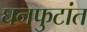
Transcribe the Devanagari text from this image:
घनफुटांत